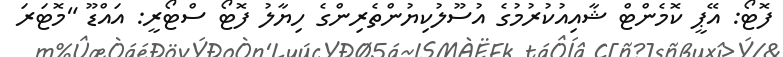
ފޮޓޯ: އޭޕީ ކޮމެންޓް ޝާއިއުކުރުމުގެ އުސޫލުކިޔުންތެރިންގެ ހިޔާލު ފޮޓޯ ސްޓޯރީ: އައްޑޫ "މޮޓަރަ